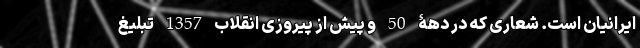
ایرانیان است. شعاری که در دهۀ 50 و پیش از پیروزی انقلاب 1357 تبلیغ